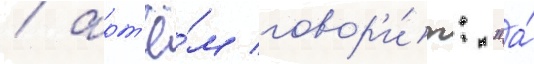
/ арт'ё́м говор'и́т: "а́